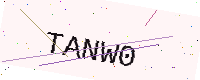
Text: TANW0